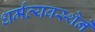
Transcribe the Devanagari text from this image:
धर्मव्यवस्थेने